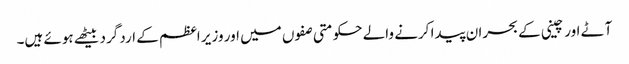
آٹے اور چینی کے بحران پیدا کرنے والے حکومتی صفوں میں اور وزیر اعظم کے ارد گرد بیٹھے ہوئے ہیں۔